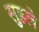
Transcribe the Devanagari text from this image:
सुडले